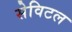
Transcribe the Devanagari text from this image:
सेविटल